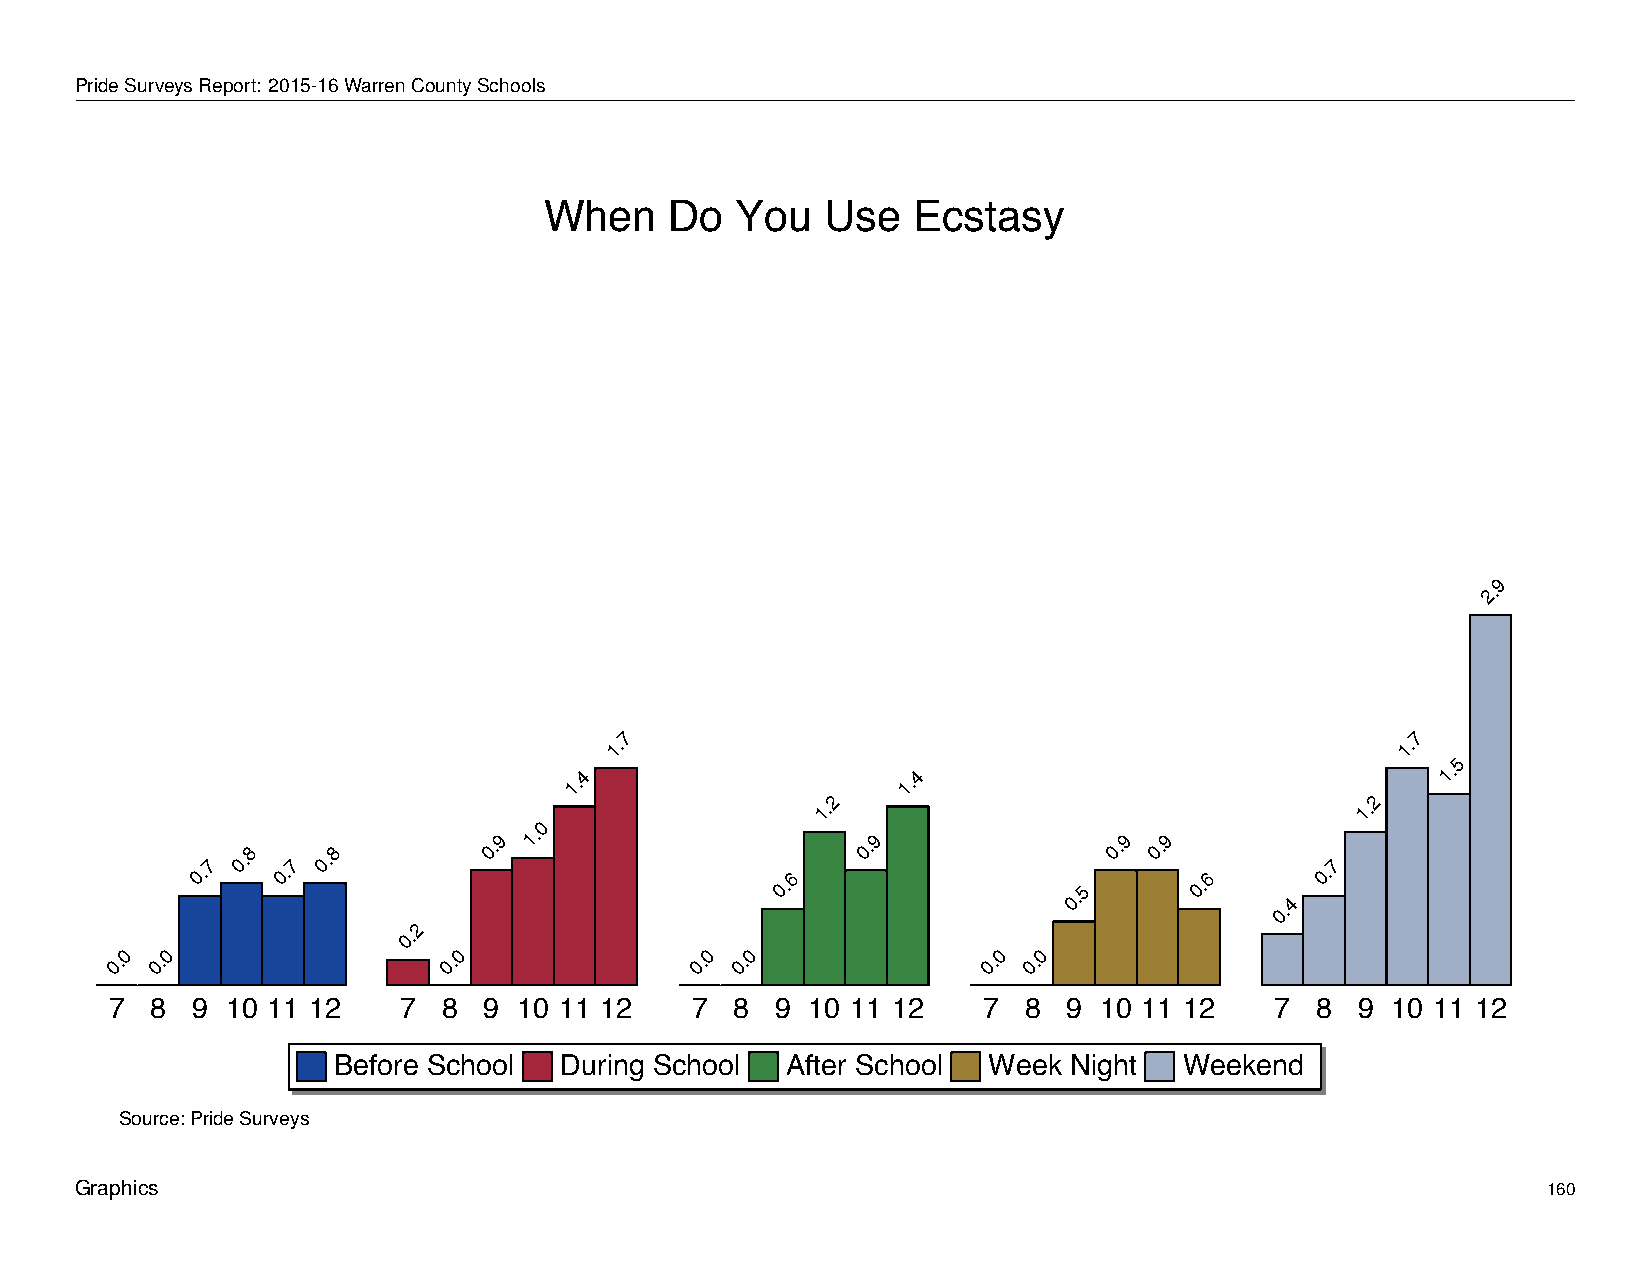
When         Do     You       Use      Ecstasy
 PrideSurveysReport: 2015-16WarrenCountySchools
 When    Do   You   Use  Ecstasy
 9
 2.
 7                                                    7
 1.                                                   1.
 5
 1.4                   1.4                                 1.
 2                                   2
 1.                                  1.
 0
 0.7
 0.8
 0.7
 0.8
 0.9 1.
 0.6
 0.9
 0.5
 0.9 0.9
 0.6
 0.4
 0.7
 2
 0.
 0  0                  0                0 0                0  0
 0. 0.                 0.               0. 0.              0. 0.
 7  8  9 10 11 12   7  8  9 10 11 12    7  8 9 10 11 12    7  8  9 10 11 12   7  8  9 10 11 12
 Before School  During School  After School Week  Night  Weekend
 Source: Pride Surveys
 Graphics                                                                                         160